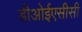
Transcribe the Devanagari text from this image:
डीओईएसीसी